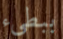
ببطىء